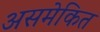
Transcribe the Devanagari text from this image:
असमेकित